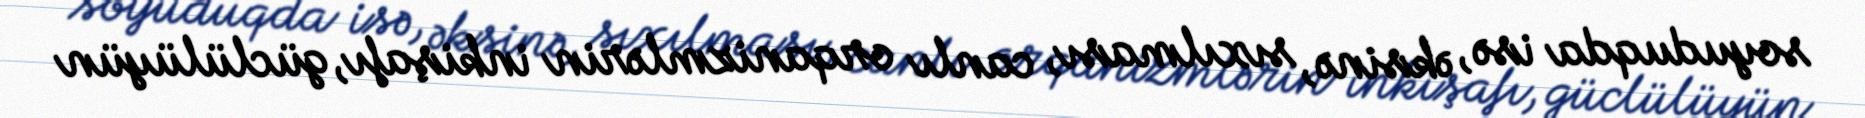
soyuduqda isə, əksinə, sıxılması, canlı orqanizmlərin inkişafı, güclülüyün